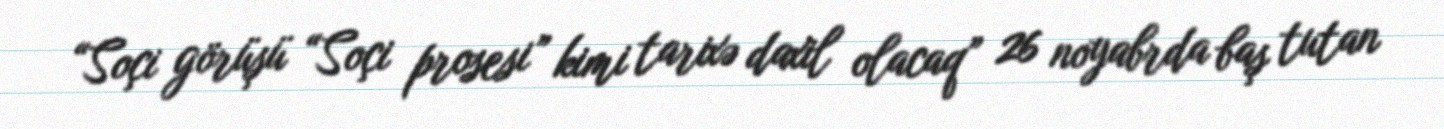
“Soçi görüşü “Soçi prosesi” kimi tarixə daxil olacaq” 26 noyabrda baş tutan